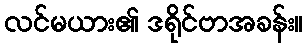
လင်မယား၏ ဒရိုင်ဗာအခန်း။